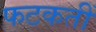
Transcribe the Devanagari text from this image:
फटकतीं